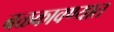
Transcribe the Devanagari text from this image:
बळकावण्यात